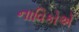
નાવિકોએ